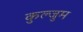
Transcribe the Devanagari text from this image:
कुल्जुम